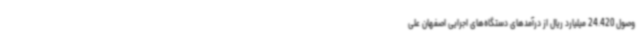
وصول 24.420 میلیارد ریال از درآمدهای دستگاه‌های اجرایی اصفهان علی